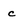
Character: c